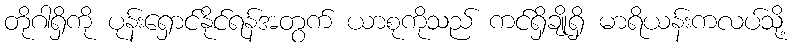
တိုဂါရှိကို ပုန်းရှောင်နိုင်ရန်အတွက် ယာစုကိုသည် ကင်ရှိချိုရှိ မာရိယန်းကလပ်သို့